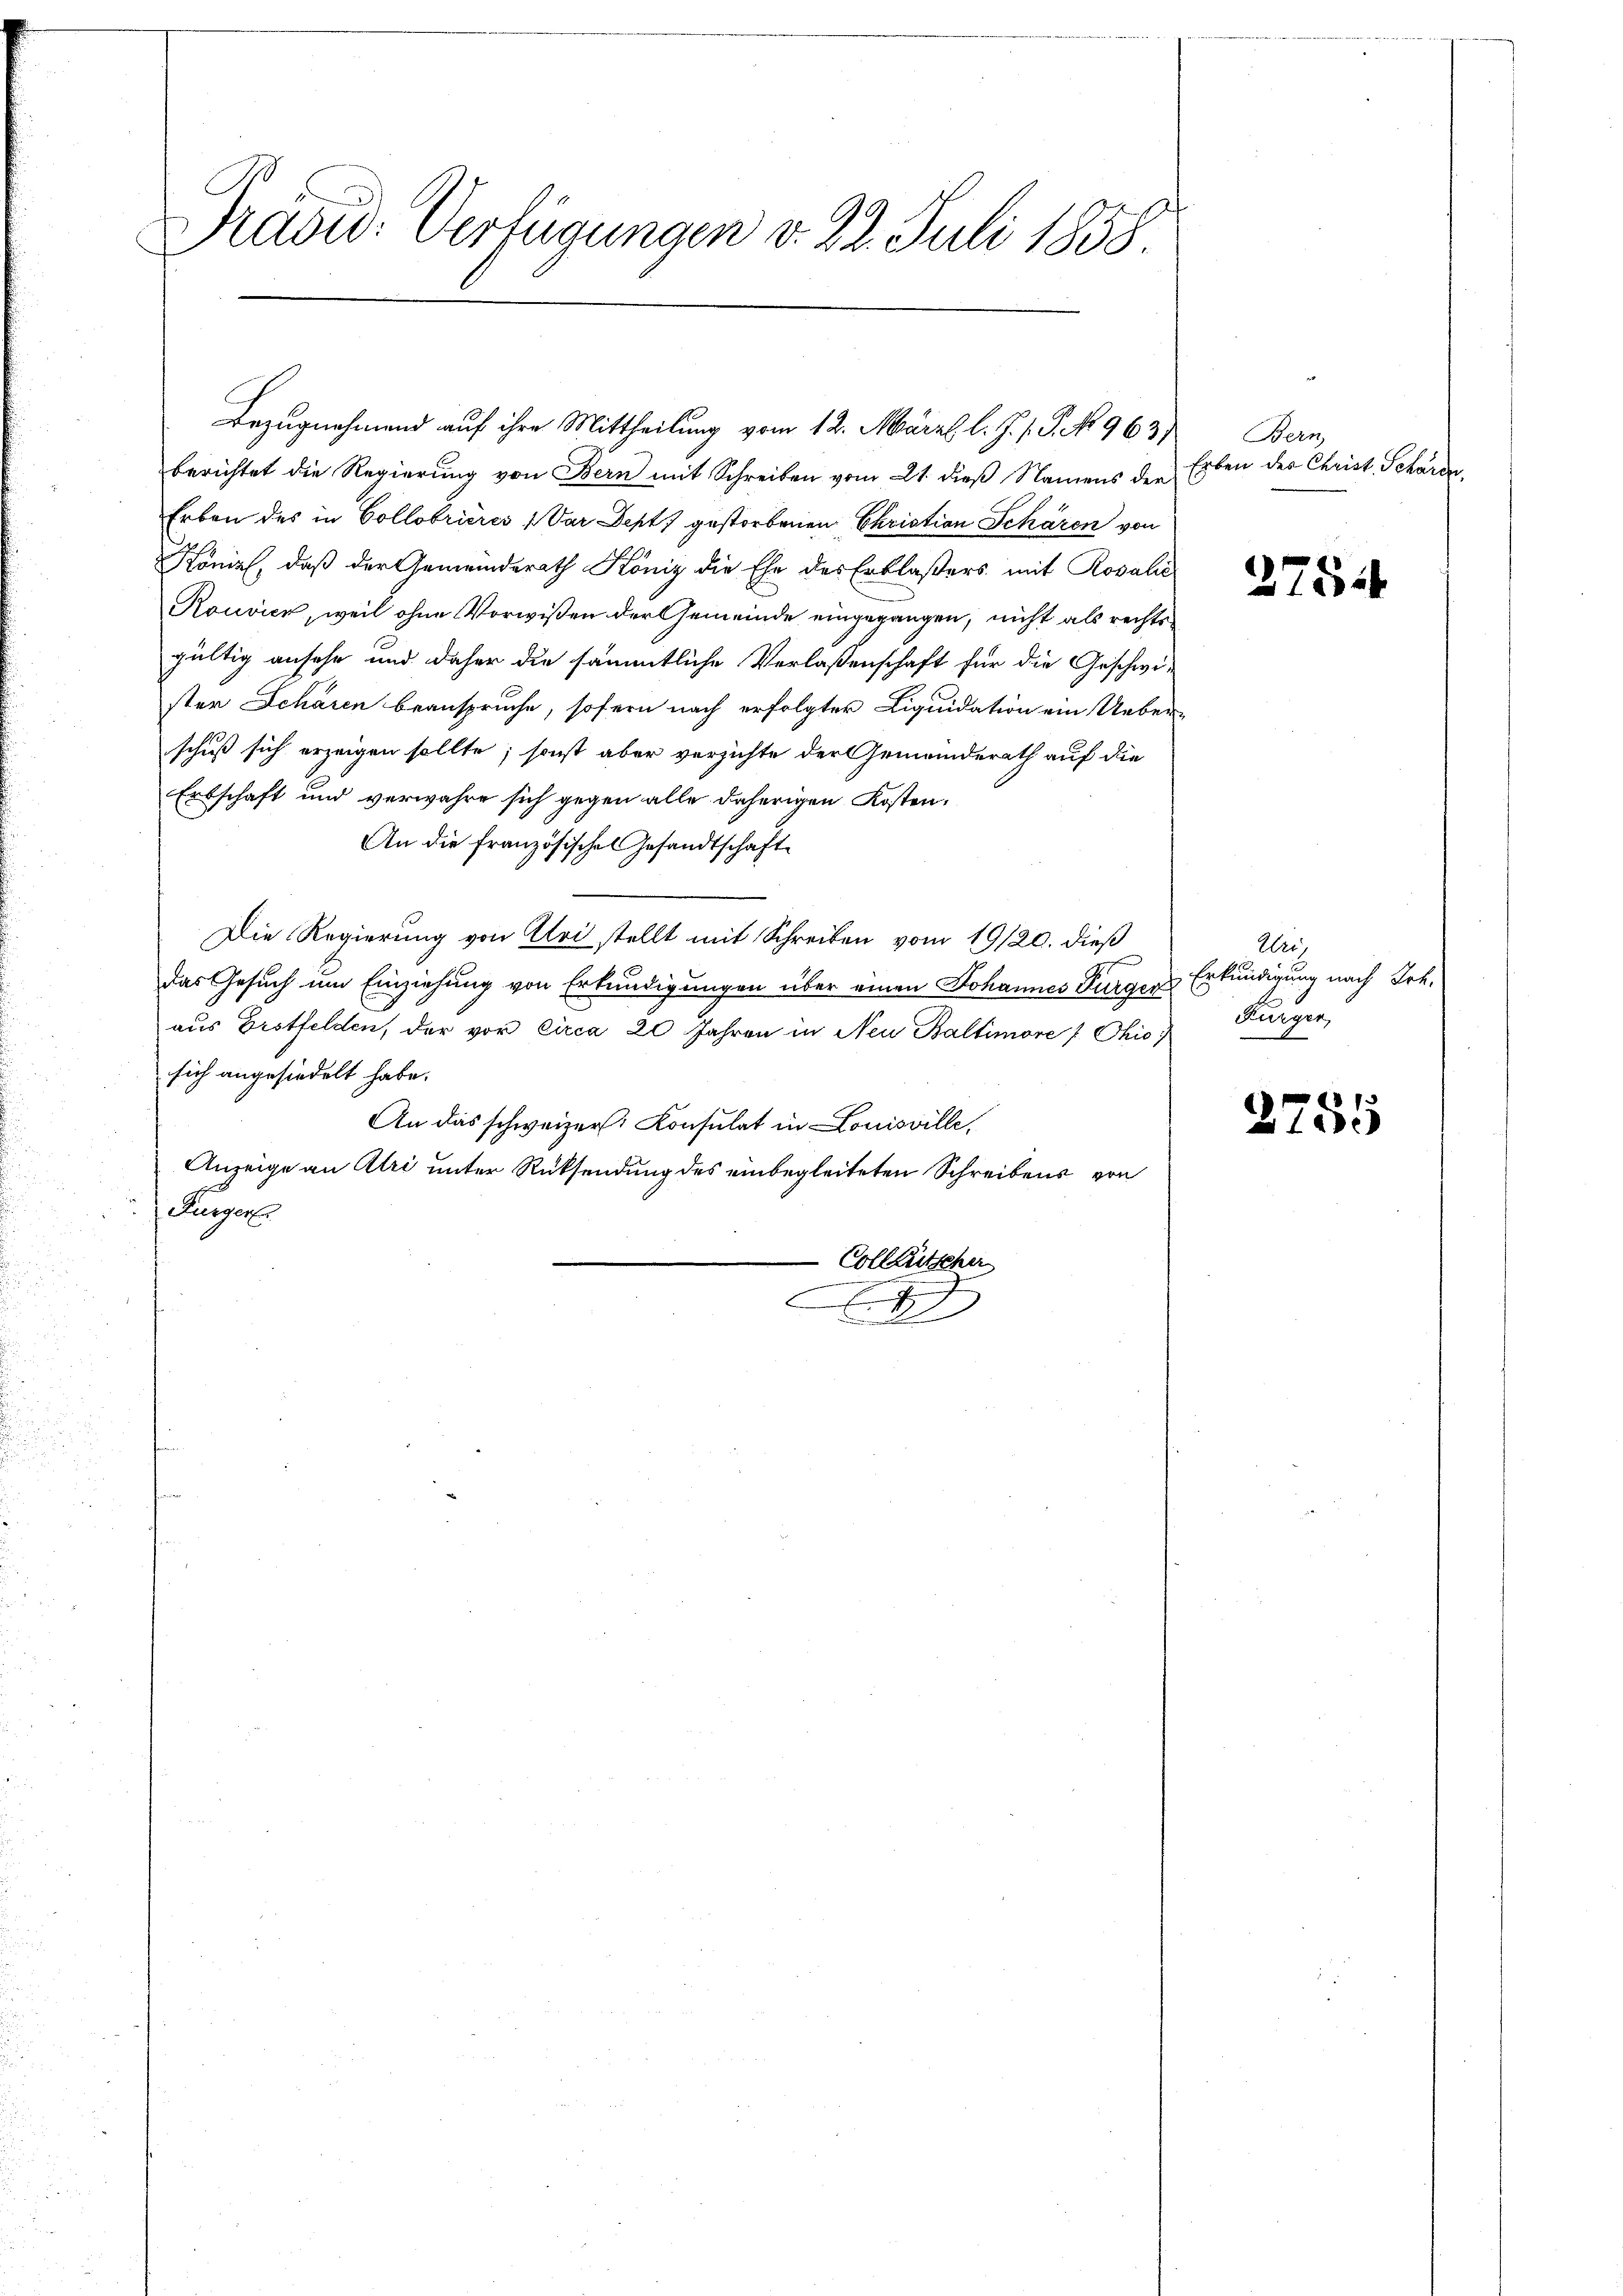
Präsid. Verfügungen v. 22. Juli 1838

Bezugnahmend auf ihre Mittheilung vom 12. März l. J. J. P. No 963,
berichtet die Regierung von Bern mit Schreiben vom 21. dieß Namens der
Erben des in Collobrières (Var Depts gestorbenen Christian Schären von
Konial, daß der Gemeinderath König die Ehe des Erblaßers mit Rosalić
Rouvick, weil ohne Vorwißen der Gemeinde eingegangen, nicht als rechts
gültig ansehe und daher die sämmtliche Verlassenschaft für die Geschwister Schären beansprüche, sofern nach erfolgter Liquidation ein Ueber-
schuß sich erzeigen sollte; sonst aber verzichte der Gemeinderath auf die
Erbschaft und verwahre sich gegen alle daherigen Kosten,
An die französisches Gesandtschaft
Die Regierung von Klei stellt mit Schreiben vom 19/20. dieß
Das Gesuch um Einziehung von Erkundigungen über einen Johannes Bürger
aus Erstfelden, der vor circa 20 Jahren in Neu Baltimore / Chio
sich angesiedelt habe.
An das schweizer. Consulat in Louisville,
Anzeige an Alri unter Rücksendung des einbegleiteten Schreibens von
Furger
Colleütscher
e
C
4

Bern,
Erben der Christ. Scharden,

2754

Uri,
Erkundigung nach Joh.
Kürger,

2755